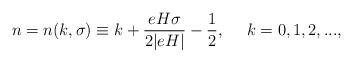
LaTeX: \begin{align*}n = n(k,\sigma) \equiv k + \frac{e H \sigma}{2 |e H|} - \frac{1}{2},~~~~k = 0, 1, 2, ...,\end{align*}